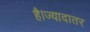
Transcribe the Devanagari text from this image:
है।ज्यादातर